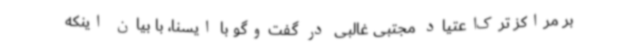
بر مراکز ترک‌اعتیاد مجتبی غالبی در گفت‌وگو با ایسنا، با بیان اینکه